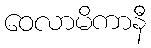
ဝေလာမိကာနီ